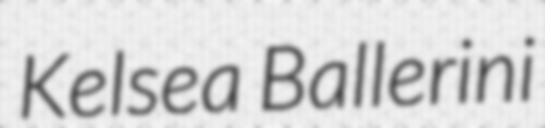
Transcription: Kelsea Ballerini